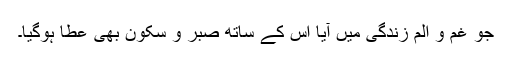
جو غم و الم زندگی میں آیا اس کے ساتھ صبر و سکون بھی عطا ہوگیا۔